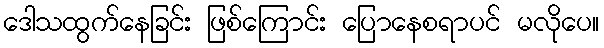
ဒေါသထွက်နေခြင်း ဖြစ်ကြောင်း ပြောနေစရာပင် မလိုပေ။